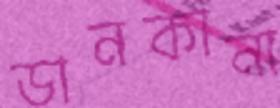
ডানকানা